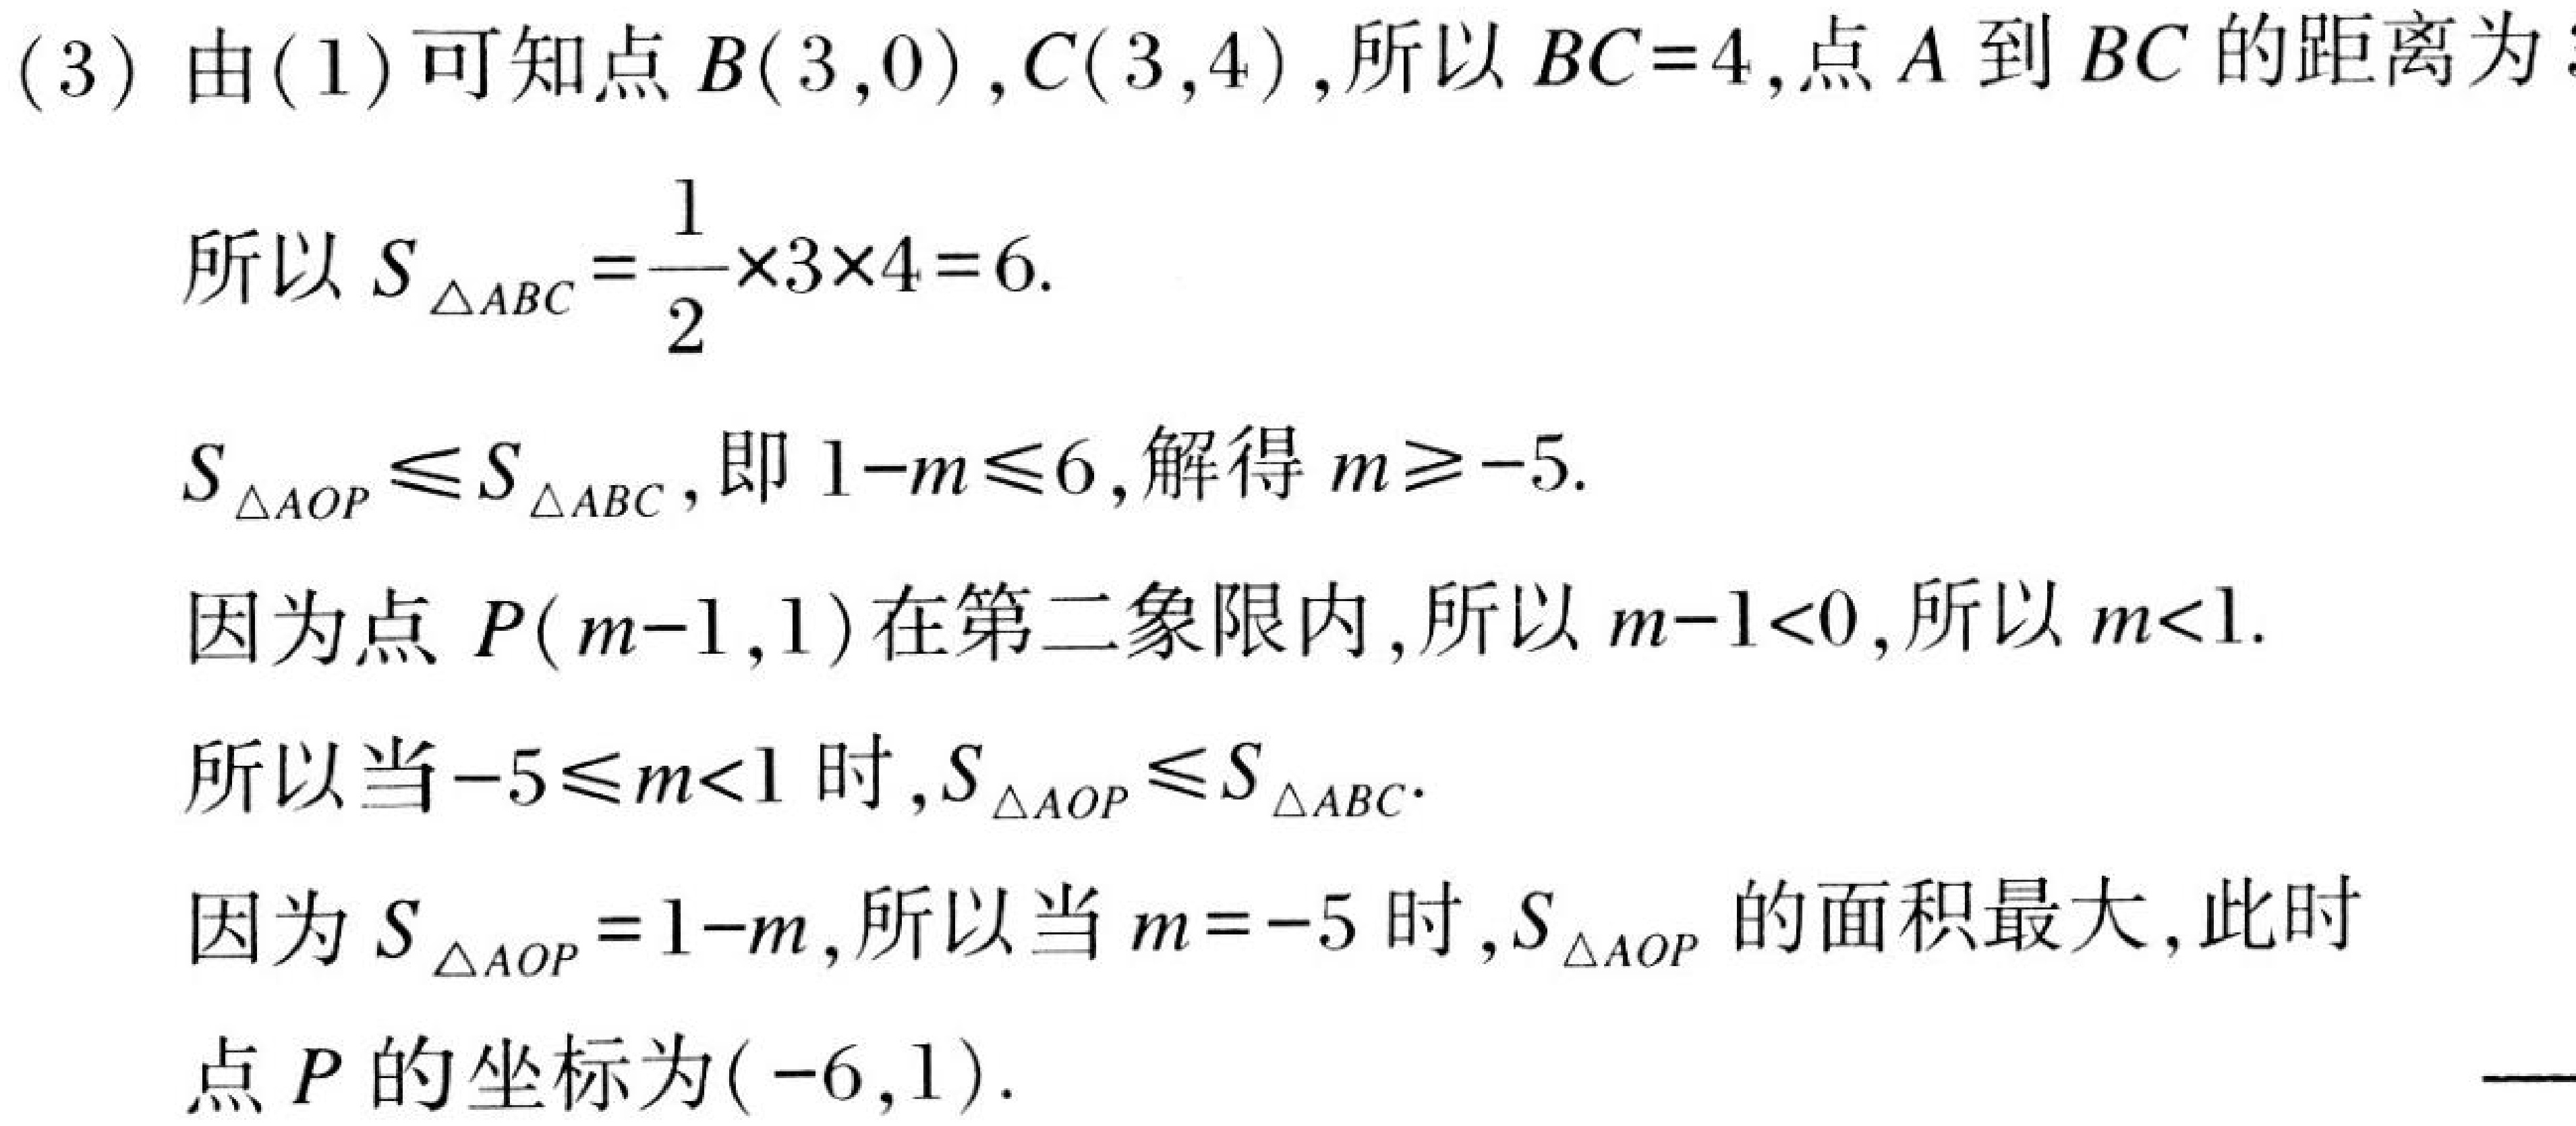
(3) 由(1)可知点$B(3,0)$,$C(3,4)$,所以$BC = 4$,点$A$到$BC$的距离为
所以$S_{\triangle ABC}=\dfrac{1}{2}\times3\times4 = 6$.
$S_{\triangle AOP}\leqslant S_{\triangle ABC}$,即$1 - m\leqslant6$,解得$m\geqslant - 5$.
因为点$P(m - 1,1)$在第二象限内,所以$m - 1<0$,所以$m<1$.
所以当$-5\leqslant m<1$时,$S_{\triangle AOP}\leqslant S_{\triangle ABC}$.
因为$S_{\triangle AOP}=1 - m$,所以当$m = - 5$时,$S_{\triangle AOP}$的面积最大,此时
点$P$的坐标为$(-6,1)$.